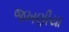
જખણીયા